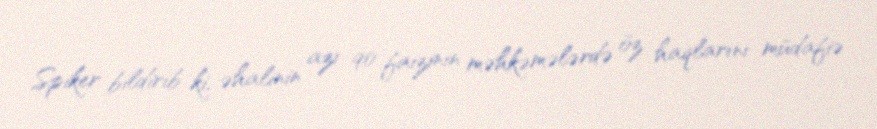
Spiker bildirib ki, əhalinin azı 90 faizinin məhkəmələrdə öz haqlarını müdafiə